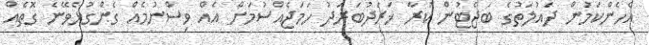
އެހެންކަމުން ދައުލަތުގެ ބަޖެޓުން ކުރާ ޚަރަދުބަރަދު ހަމަޖެއްސުމަށް އެއް ވިސްނުމެއް ގެންގުޅެވޭނެ ގޮތެއް